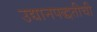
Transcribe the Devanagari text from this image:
उद्यानपद्धतीची